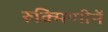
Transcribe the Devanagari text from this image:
रुक्मिणीनें